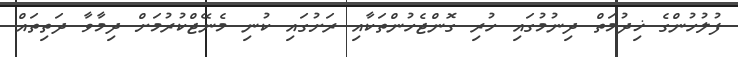
ފުލުހުންގެ ޚިދުމަތް ދިނުމުގައި ހުރި ގޮންޖެހުންތަކާއި ރަށުގައި ކުނި މެނޭޖްކުރުމަށް ދިމާވާ ދަތިތައް